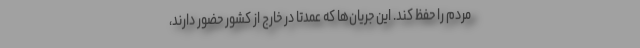
مردم را حفظ کند. این جریان‌ها که عمدتا در خارج از کشور حضور دارند،